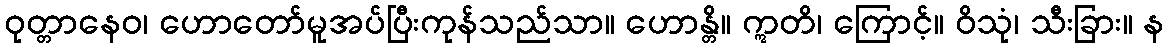
ဝုတ္တာနေဝ၊ ဟောတော်မူအပ်ပြီးကုန်သည်သာ။ ဟောန္တိ။ ဣတိ၊ ကြောင့်။ ဝိသုံ၊ သီးခြား။ န